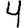
Digit: 4